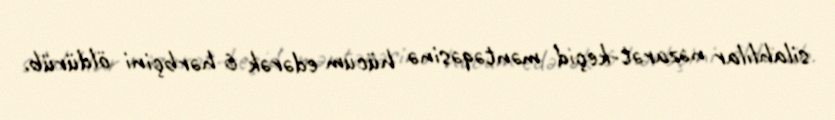
silahlılar nəzarət-keçid məntəqəsinə hücum edərək 6 hərbçini öldürüb.